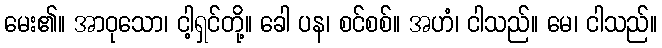
မေး၏။ အာဝုသော၊ ငါ့ရှင်တို့။ ခေါ ပန၊ စင်စစ်။ အဟံ၊ ငါသည်။ မေ၊ ငါသည်။